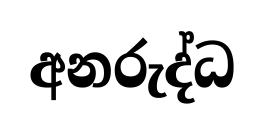
අනරුද්ධ